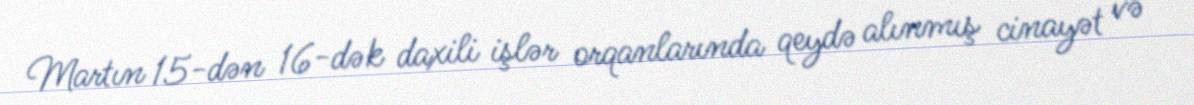
Martın 15-dən 16-dək daxili işlər orqanlarında qeydə alınmış cinayət və